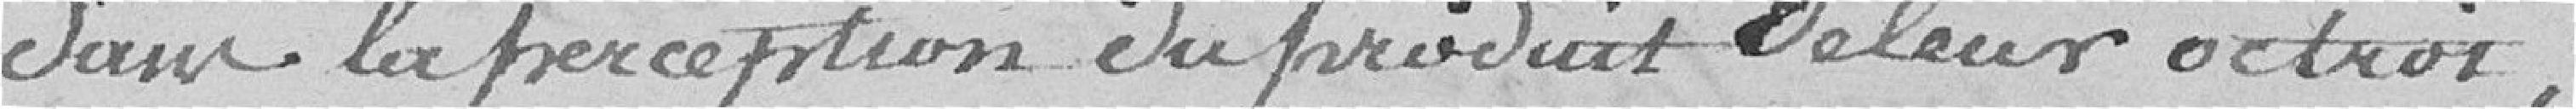
dans la perception du produit valeur d'octroi.